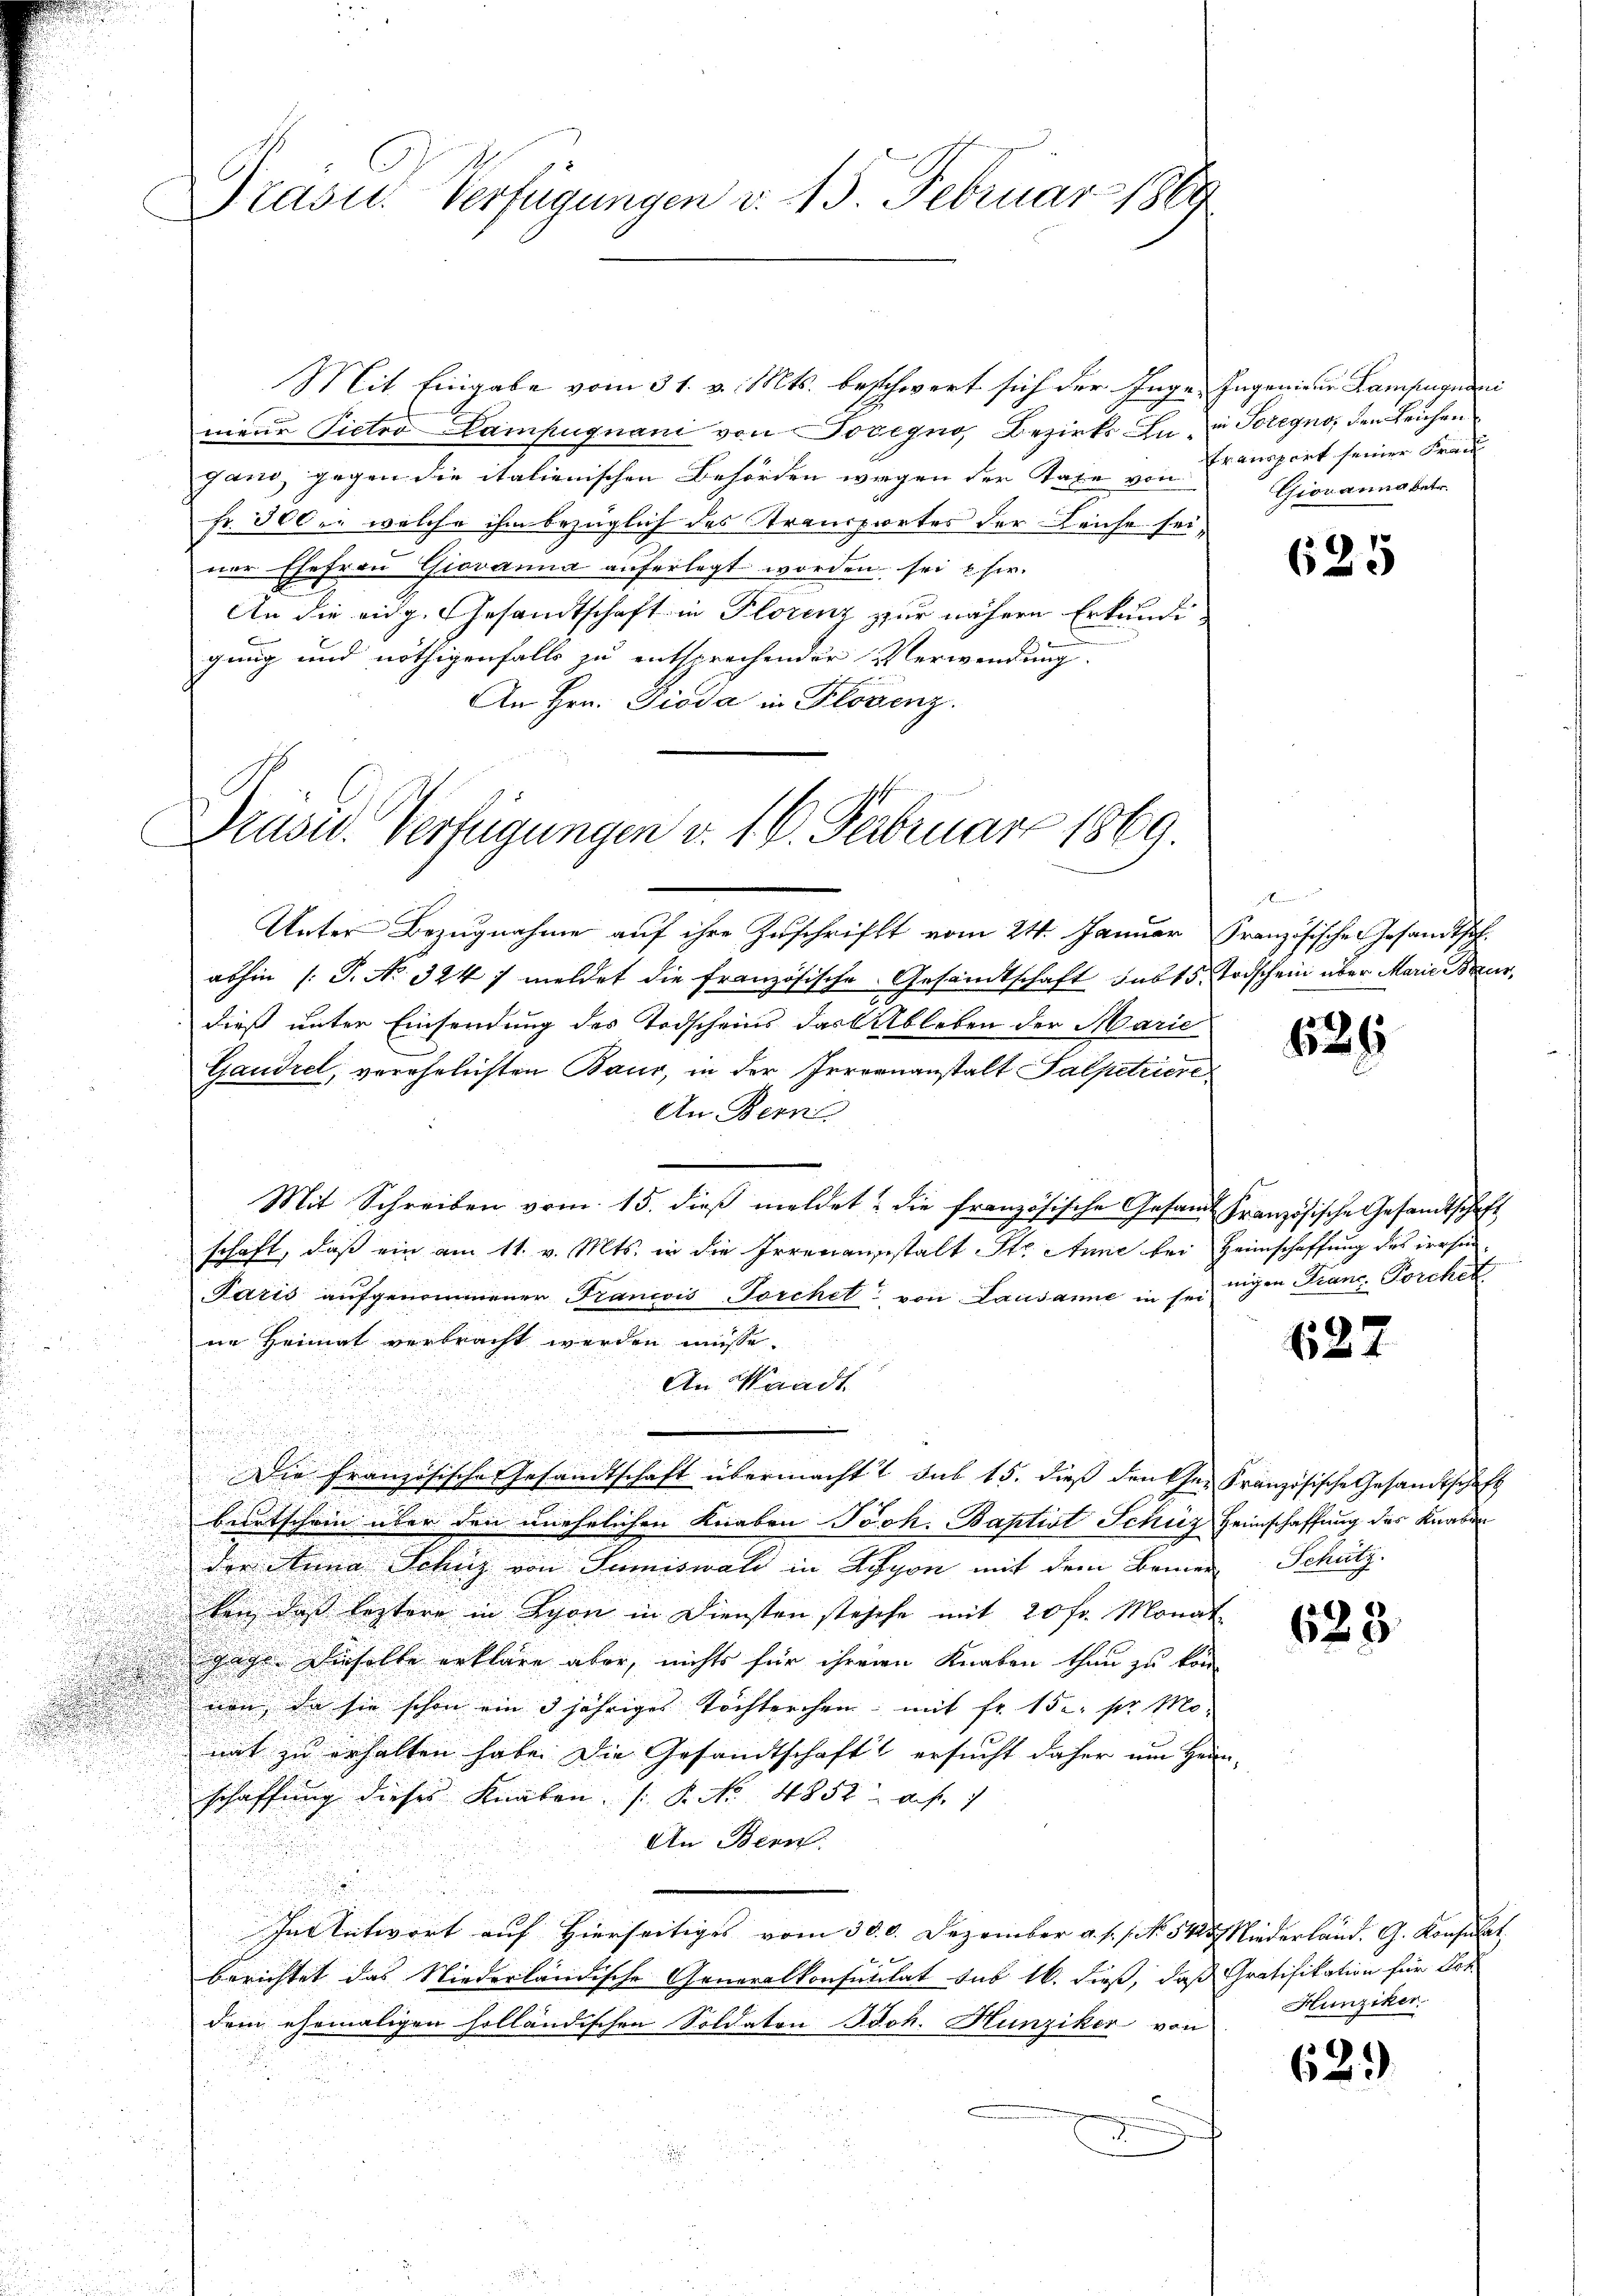
Präsid.. Verfügungen v. 15. Februar 1869

Mit Eingabe vom 31. v. Mts. beschwert sich der Inge Ingenieur Lampugnani
nieur Pictro Lampugnani von Jocegno Bezirks-La- in Soregno den Leichen
gano, gegen die italienischen Behörden wegen der Taxe von Transport seiner Frau
fr. 300. welche ihm bezüglich des Stransportes der Leiche seiner Ehefrau Giovanna auferlegt worden, sei eher.
An die eidg. Gesandtschaft in Florenz zur nähern Erkundigung und nöthigenfalls zu entsprechender Verwendung.
An Hrn. Pioda in Florenz.

Drasw. Verfügungen v. 16. Februar 1869.

Giovanna betr.

abhin /: P. No 324 / meldet die französische Gesandtschaft sub 15. Todschein über Marie Beurdieß unter Einsendung des Todscheins das Ableben der Marie
Gaudrel, verehelichten Baur, in der Irrenanstalt Salpetriere
An Bern
Mit Schreiben vom 15. dieß meldet, die französische Gesandt Französische Gesandtschaft
schaft, daß ein am 11. v. Mts. in die Irrenanstalt St. Anne bei Heimschaffung des irrsin
Paris aŭfgenommener Francois-Forchet von Lausanne in seinigen Franc, Porchet
ne Heimat verbracht werden müsse.
An Waadt
Die Französische Gesandtschaft übermacht sub 15. dieß denker Französische Gesandtschaft
bertschein über den unehelichen Knaben Joh. Baptist Schüz
der Anna Lohns von Sumiswald in Lyon mit dem Bemer Schütz
ken, daß leztere in Lyon in Diensten stehehe mit 20 fr. Monat
gage dieselbe erkläre aber, nichts für ihrern Knaben thun zu kon
nen, da sie schon ein 3 jähriges Töchterchen mit fr. 15. pr. Mo-
mat zu erhalten habe. Die Gesandtschaft ersucht daher um Hei
schaffung dieses Knaben (: P. Nr. 4852 des
An Bern.
In Antwort auf Hierseitiges vom 30. d. Dezember a. s. f. No. 545 Niederland. G. Konsulat
x
berichtet das Niederländische Generalkonsentilat sub 16. dieß, daß Gratifikation für Got
dem ehemaligen holländischen Soldaten Joh. Hunziker von

Unter Bezugnahme auf ihre Zuschrift vom 24. Januar Französischen Gesandtsch

625

ans lauen, und

626

n

127

Heimschaffung des Knaben

625.

Hunziker.

62.